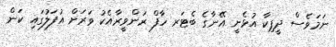
ނަމަވެސް ދީޕިކާ އުޅެނީ އޭނާގެ ބެޓަރ ހާފް ރަންވީރާއެކު ވަރަށް އުފަލުގައި ކަން